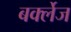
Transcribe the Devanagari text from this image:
बर्क्लेज